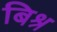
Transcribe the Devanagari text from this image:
बिश्र